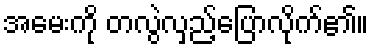
အမေးကို တလွဲလှည့်ပြောလိုက်၏။